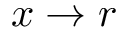
x \to r